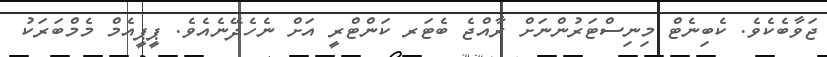
ޖަވާބެކެވެ. ކެބިނެޓް މިނިސްޓަރުންނަށް ރާއްޖެ ބެޓަރ ކަންޓްރީ އަށް ނެހެދޭނެއެވެ. ޕީޕީއެމް މެމްބަރަކު